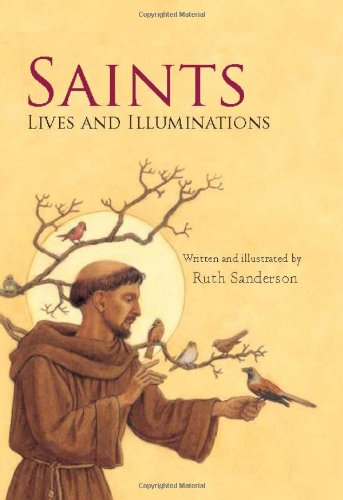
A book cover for Saints: Lives and Illuminations; Ruth Sanderson; Children's Books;